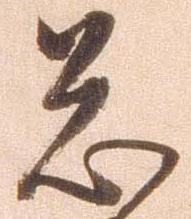
急